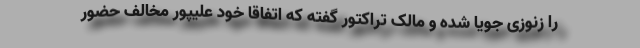
را زنوزی جویا شده و مالک تراکتور گفته که اتفاقا خود علیپور مخالف حضور